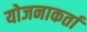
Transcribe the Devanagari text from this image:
योजनाकर्ता